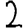
Digit: 2